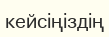
кейсіңіздің